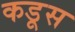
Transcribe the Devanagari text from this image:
कडूस